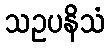
သဥပနိသံ